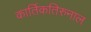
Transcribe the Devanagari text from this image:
कार्तिकतिरुनाल